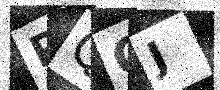
Text: PQOJ